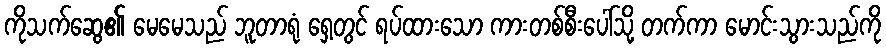
ကိုသက်ဆွေ၏ မေမေသည် ဘူတာရုံ ရှေ့တွင် ရပ်ထားသော ကားတစ်စီးပေါ်သို့ တက်ကာ မောင်းသွားသည်ကို